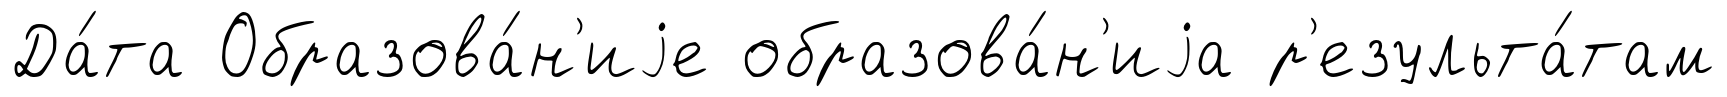
Да́та Образова́н'иjе образова́н'иjа р'езульта́там